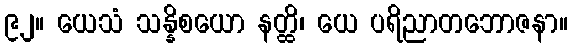
၉၂။ ယေသံ သန္နိစယော နတ္ထိ၊ ယေ ပရိညာတဘောဇနာ။